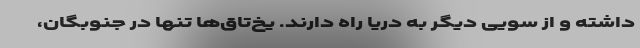
داشته و از سویی دیگر به دریا راه دارند. یخ‌تاق‌ها تنها در جنوبگان،